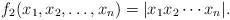
LaTeX: \begin{align*}f_2(x_1,x_2,\dots, x_n)=|x_1x_2\cdots x_n|.\end{align*}